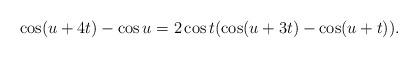
LaTeX: \begin{gather*}\cos(u+4t)-\cos u=2\cos t(\cos(u+3t)-\cos(u+t)).\end{gather*}